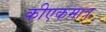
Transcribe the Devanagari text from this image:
कीएकमात्र